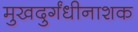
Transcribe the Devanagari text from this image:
मुखदुर्गंधीनाशक